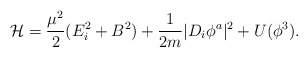
\begin{align*}{\cal H}=\frac{\mu^2}{2} (E_i^2 + B^2 ) +\frac{1}{2m} |D_i \phi^a |^2 +U(\phi^3).\end{align*}